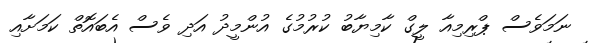
ނަމަވެސް ޕްރިމިއާ ލީގް ކާމިޔާބު ކުރުމުގެ އުންމީދު އަދި ވެސް އެބައޮތް ކަމަށާއި